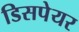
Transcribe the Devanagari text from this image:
डिसपेयर